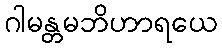
ဂါမန္တမဘိဟာရယေ